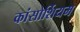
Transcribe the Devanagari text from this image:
कांसोर्शियम